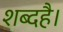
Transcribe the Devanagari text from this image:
शब्दहै।